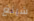
شينغ